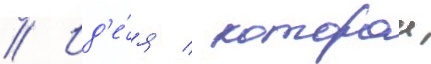
// Ид'е́я / которои